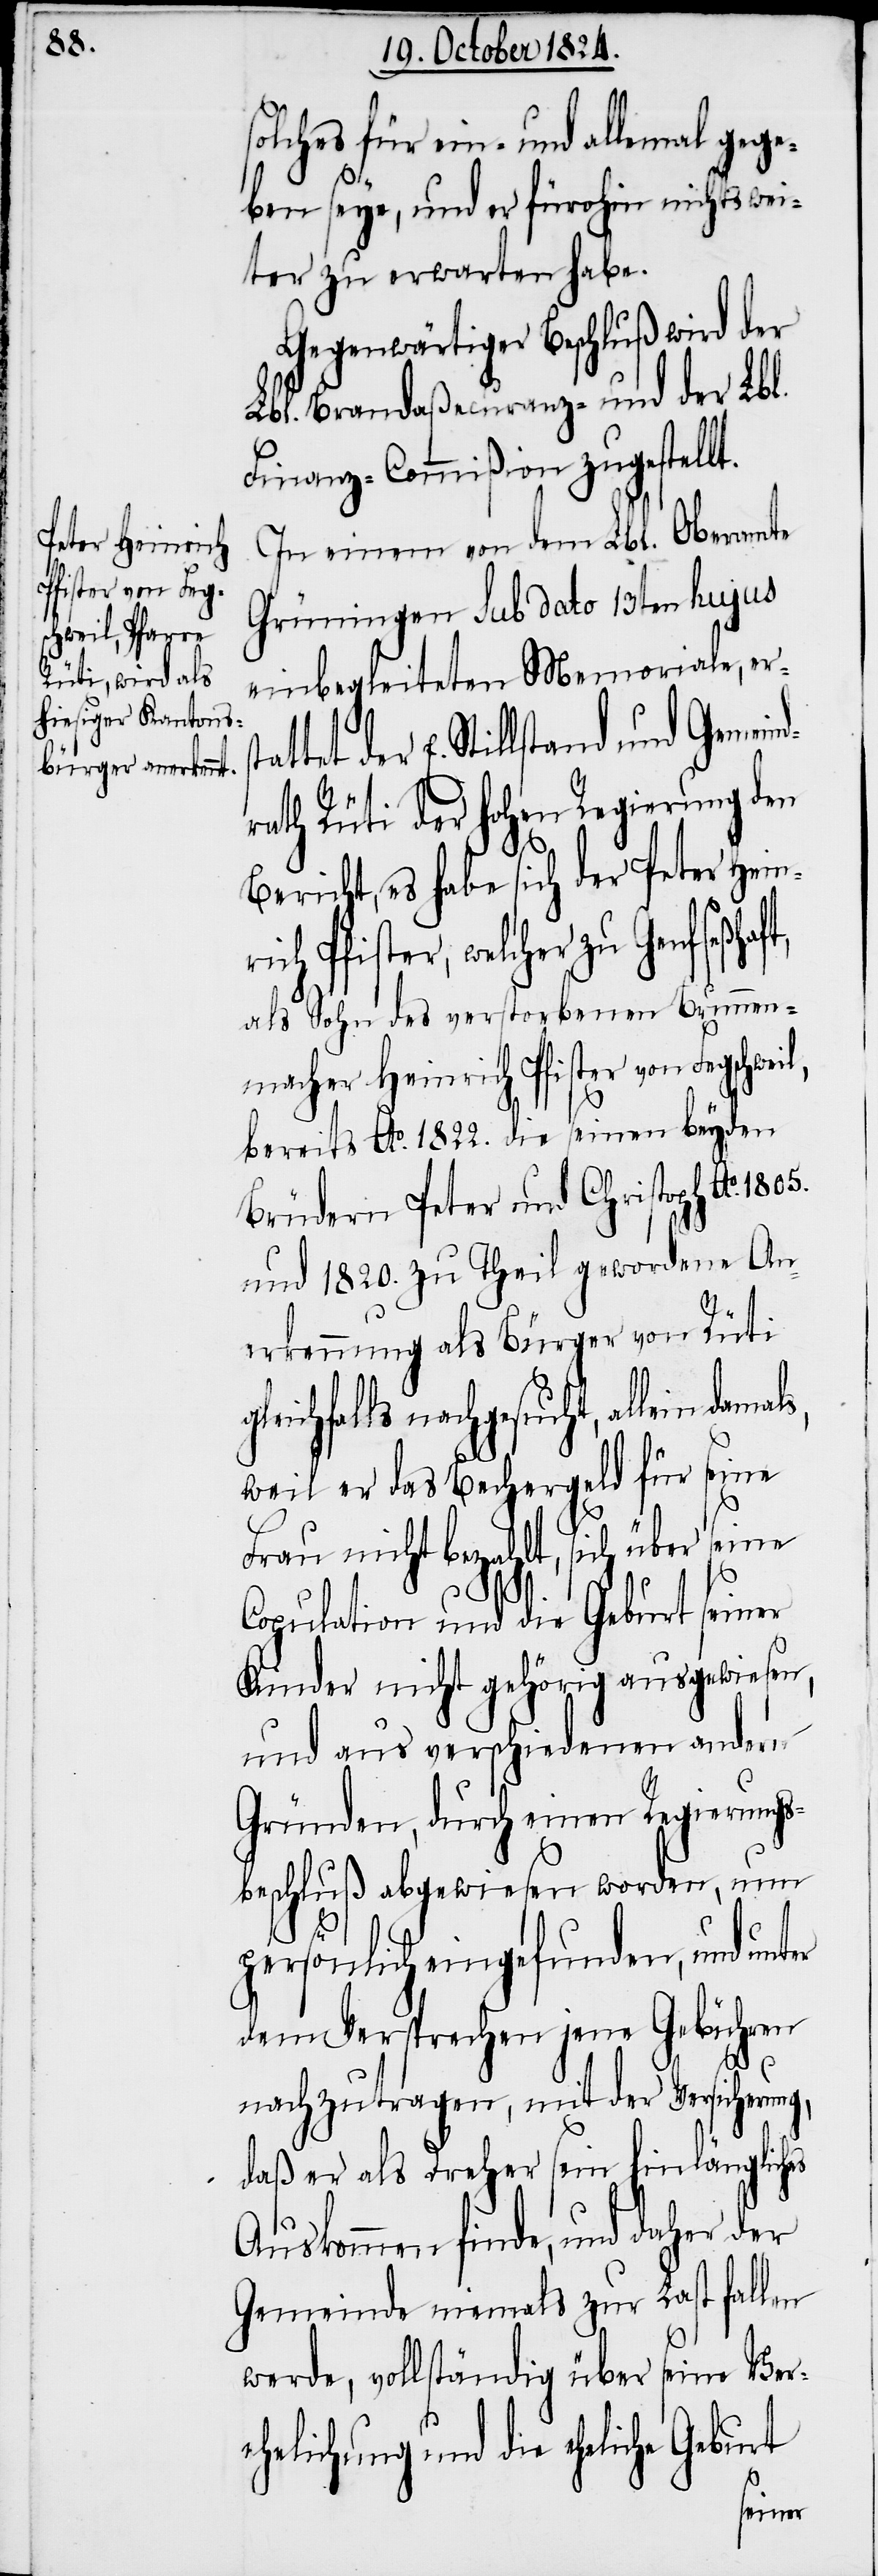
solches für ein- und allemal gege¬
ben seye, und er fürohin nichts wei¬
ter zu erwarten habe.
Gegenwärtiger Beschluß wird der
Lbl. Brandaßecuranz- und der Lbl.
Finanz-Commißion zugestellt.
In einem von dem Lbl. Oberamte
Grüningen sub dato 13ten hujus
einbegleiteten Memoriale, ers¬
tet der E. Stillstand und Gemeind¬
rath Rüti der hohen Regierung den
Bericht, es habe sich der Peter Heinr¬
ich Pfister, welcher zu Genf
als Sohn des verstorbenen Brunnen¬
macher Heinrich Pfister von Fegschw¬
bereits Ao. 1822. die seinen beyden
Brüdern Peter und Christoph Ao.
und 1820. zu Theil gewordene An¬
erkennung als Bürger von Rüti
eichfalls nachgesucht, allein dam¬
weil er das Bechergeld für seine
tat¬
Frau nicht bezahlt, sich über seine
Copulation und die Geburt seiner
Kinder nicht gehörig ausgewiesen,
und aus verschiedenen andern
Gründen, durch einen Regierungs¬
beschluß abgewiesen worden, nun
es
persönlich eingefunden, und unt¬
dem Versprechen jene Gebühren
nachzutragen, mit der Versicherung,
daß er als Dreher sein hinlänglich¬
Auskommen finde, und daher der
Gemeinde niemals zur Last fallen
werde, vollständig über seine Ver¬
ehelichung und die eheliche Geburt
eil,